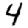
Digit: 4